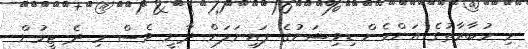
މި މުބާރާތުގެ އަންހެން ޑިވިޝަނުގެ ފައިނަލަށް ދާނީ ވެސް މި ދެ ޓީމުން